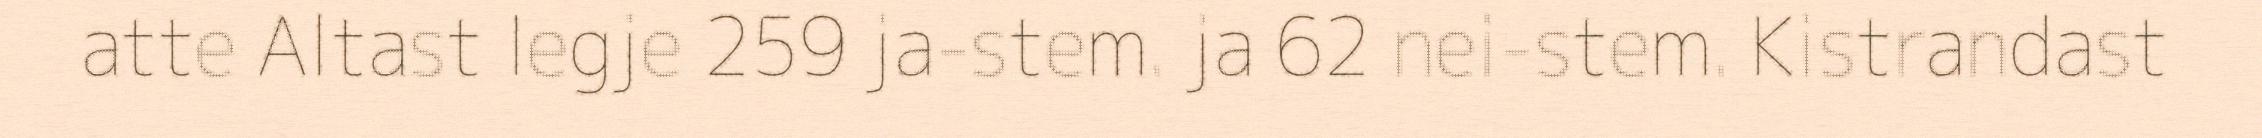
atte Altast legje 259 ja-stem. ja 62 nei-stem. Kistrandast